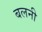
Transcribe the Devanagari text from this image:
बलनी